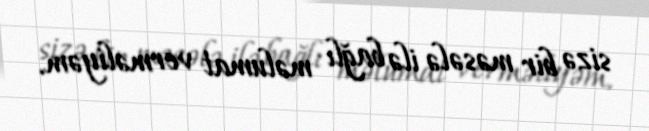
sizə bir məsələ ilə bağlı məlumat verməliyəm.